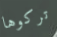
تركوها